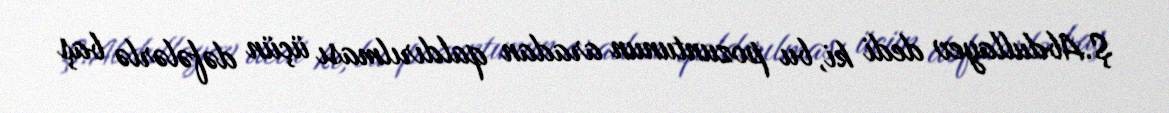
Ş.Abdullayev dedi ki, bu pozuntunun aradan qaldırılması üçün dəfələrlə baş